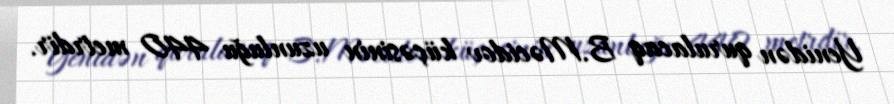
Yenidən qurulacaq B.Məcidov küçəsinin uzunluğu 440 metrdir.